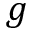
g